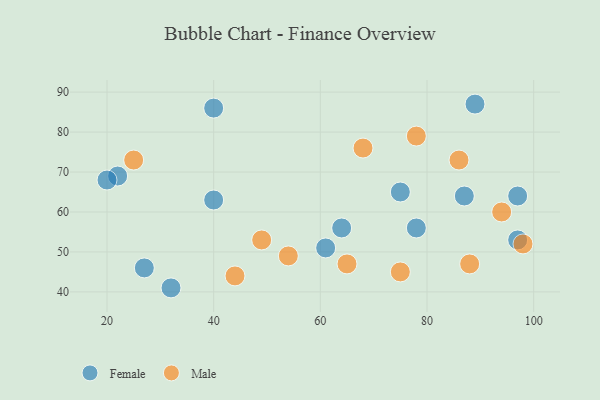
{"axis": {"x": "GDP", "y": "Life Expectancy"}, "legend": ["Female", "Male"], "data": [{"x": "97", "y": 53, "type": "Female"}, {"x": "40", "y": 86, "type": "Female"}, {"x": "40", "y": 63, "type": "Female"}, {"x": "64", "y": 56, "type": "Female"}, {"x": "22", "y": 69, "type": "Female"}, {"x": "61", "y": 51, "type": "Female"}, {"x": "78", "y": 56, "type": "Female"}, {"x": "27", "y": 46, "type": "Female"}, {"x": "89", "y": 87, "type": "Female"}, {"x": "87", "y": 64, "type": "Female"}, {"x": "97", "y": 64, "type": "Female"}, {"x": "75", "y": 65, "type": "Female"}, {"x": "32", "y": 41, "type": "Female"}, {"x": "20", "y": 68, "type": "Female"}, {"x": "86", "y": 73, "type": "Male"}, {"x": "49", "y": 53, "type": "Male"}, {"x": "78", "y": 79, "type": "Male"}, {"x": "54", "y": 49, "type": "Male"}, {"x": "75", "y": 45, "type": "Male"}, {"x": "88", "y": 47, "type": "Male"}, {"x": "68", "y": 76, "type": "Male"}, {"x": "44", "y": 44, "type": "Male"}, {"x": "94", "y": 60, "type": "Male"}, {"x": "25", "y": 73, "type": "Male"}, {"x": "65", "y": 47, "type": "Male"}, {"x": "98", "y": 52, "type": "Male"}]}